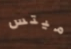
ميتس